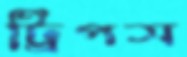
ট্রিপস